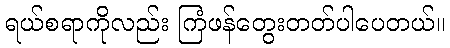
ရယ်စရာကိုလည်း ကြံဖန်တွေးတတ်ပါပေတယ်။